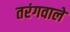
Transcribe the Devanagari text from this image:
तरंगवाले